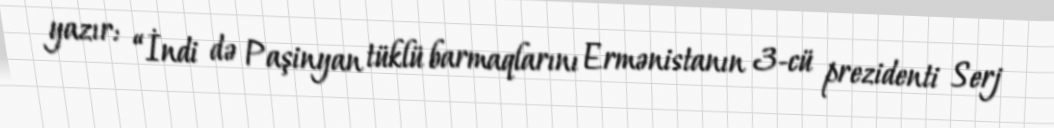
yazır: “İndi də Paşinyan tüklü barmaqlarını Ermənistanın 3-cü prezidenti Serj